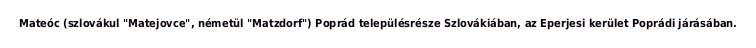
Mateóc (szlovákul "Matejovce", németül "Matzdorf") Poprád településrésze Szlovákiában, az Eperjesi kerület Poprádi járásában.